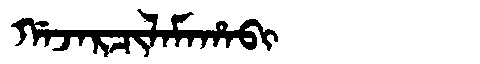
Manchu: ᡤᠠᠵᠠᡵᠴᡳᠯᠠᠮᠠᡥᠠᠪᡳ
Romanization: GAJARCILAMAHABI